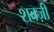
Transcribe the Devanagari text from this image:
शबज़ी